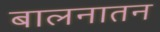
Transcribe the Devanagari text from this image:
बालनातन